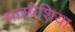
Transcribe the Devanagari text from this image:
मास्पेशिया